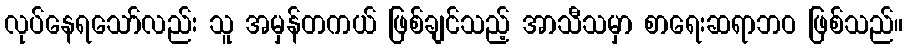
လုပ်နေရသော်လည်း သူ အမှန်တကယ် ဖြစ်ချင်သည့် အာသီသမှာ စာရေးဆရာဘဝ ဖြစ်သည်။